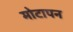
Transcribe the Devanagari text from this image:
मोटापन